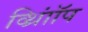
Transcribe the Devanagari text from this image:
व्थ्राॉिंप